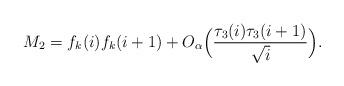
LaTeX: \begin{align*}M_2=f_k(i)f_k(i+1)+O_\alpha\Big(\frac{\tau_3(i)\tau_3(i+1)}{\sqrt{i}}\Big).\end{align*}